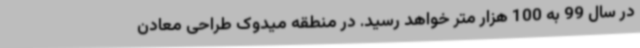
در سال 99 به 100 هزار متر خواهد رسید. در منطقه‌ میدوک طراحی معادن